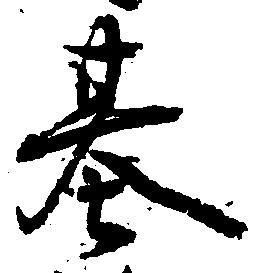
基